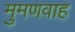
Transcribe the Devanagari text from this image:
मुमणवाह